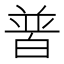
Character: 𤽽